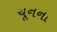
ચૂનના